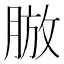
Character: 𦜍